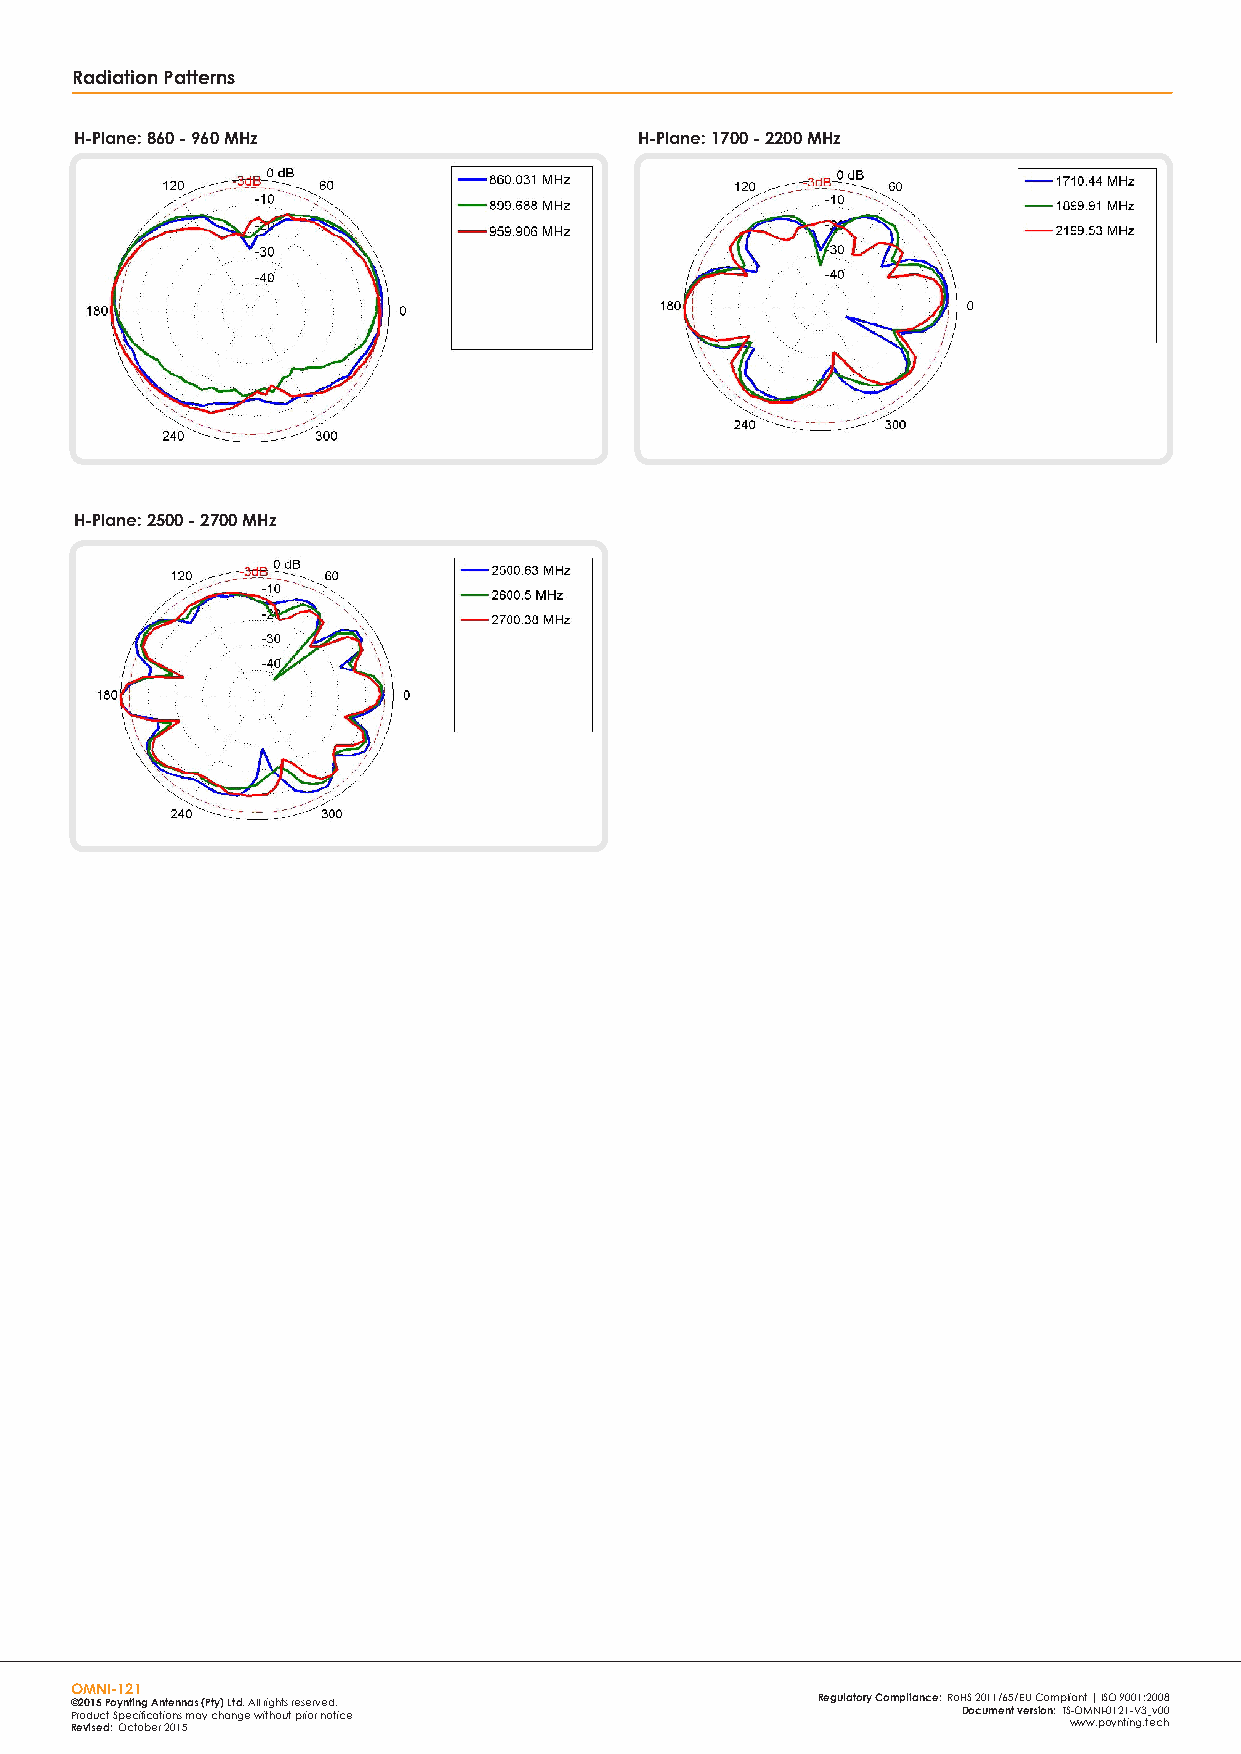
Radiation Patterns
 H-Plane: 860 - 960 MHz               H-Plane: 1700 - 2200 MHz
 H-Plane: 2500 - 2700 MHz
 OMNI-121
 ©2015 Poynting Antennas (Pty) Ltd. All rights reserved. Regulatory Compliance: RoHS 2011/65/EU Compliant | ISO 9001:2008
 Product Specifications may change without prior notice     Document version: TS-OMNI-0121-V3_v00
 Revised: October 2015                                             www.poynting.tech